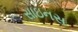
સાઇનસ